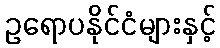
ဥရောပနိုင်ငံများနှင့်